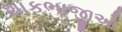
શાકભાજીઓ